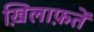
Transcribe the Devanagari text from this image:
ख़िलाफ़तें